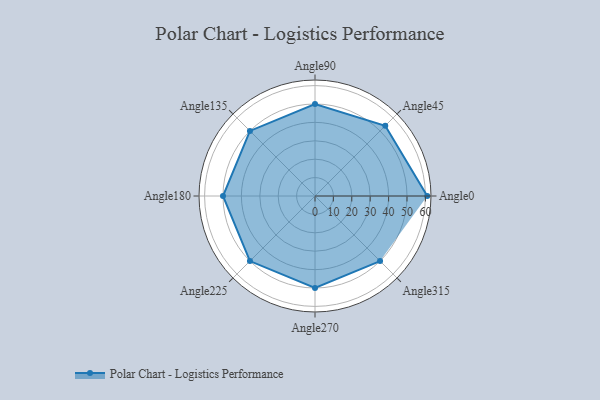
{"axis": {"x": "Angle", "y": "Radius"}, "legend": [""], "data": [{"x": "Angle0", "y": 61.0, "type": ""}, {"x": "Angle45", "y": 54.0, "type": ""}, {"x": "Angle90", "y": 50, "type": ""}, {"x": "Angle135", "y": 50, "type": ""}, {"x": "Angle180", "y": 50, "type": ""}, {"x": "Angle225", "y": 50, "type": ""}, {"x": "Angle270", "y": 50, "type": ""}, {"x": "Angle315", "y": 50, "type": ""}]}